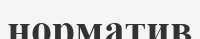
норматив